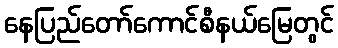
နေပြည်တော်ကောင်စီနယ်မြေတွင်